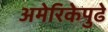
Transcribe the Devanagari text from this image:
अमेरिकेपुढे